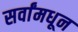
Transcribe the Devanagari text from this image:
सर्वांमधून